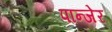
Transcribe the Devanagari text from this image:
पान्जेर